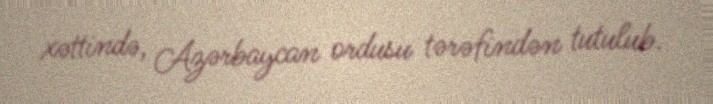
xəttində, Azərbaycan ordusu tərəfindən tutulub.